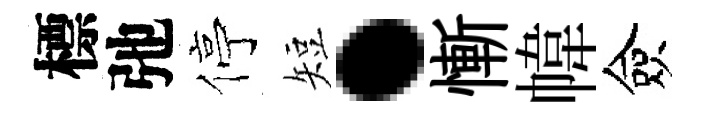
標弛停短·慚幃僉